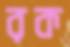
রক